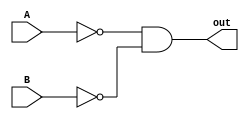
`timescale 1ns / 1ps
//////////////////////////////////////////////////////////////////////////////////
// Company: 
// Engineer: 
// 
// Design Name: 
// Module Name: NOR
// Project Name: 
// Target Devices: 
// Tool Versions: 
// Description: 
// 
// Dependencies: 
// 
// Revision:
// Revision 0.01 - File Created
// Additional Comments:
// 
//////////////////////////////////////////////////////////////////////////////////


module NOR #(parameter W = 1)( output [W-1:0]out, input [W-1:0]A, input [W-1:0]B);
    genvar ii;
    generate
        for(ii = 0; ii < W; ii = ii + 1) begin
            wire w0, w1, w2;
            nand nand0 (w0, A[ii], A[ii]);
            nand nand1 (w1, B[ii], B[ii]);
            nand nand2 (w2, w0, w1);
            nand nand3 (out[ii], w2, w2);
        end
    endgenerate
endmodule